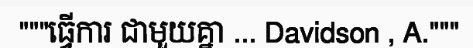
"""ធ្វើការ ជាមួយគ្នា ... Davidson , A."""